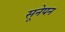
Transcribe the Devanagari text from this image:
सूनेपन